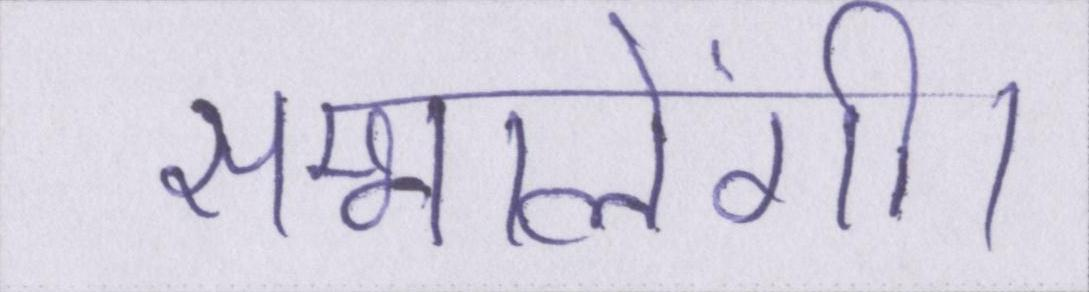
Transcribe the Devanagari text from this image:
सम्भालेंगी।